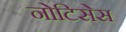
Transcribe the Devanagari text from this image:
नोटिसेस